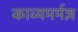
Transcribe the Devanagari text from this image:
काव्यमर्मज्ञ